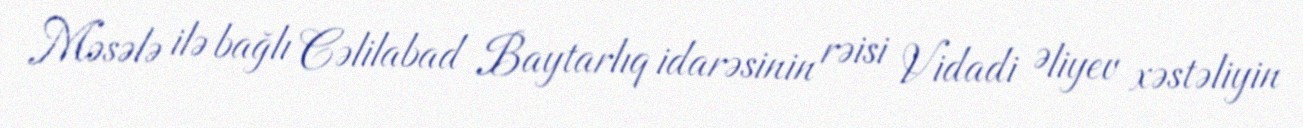
Məsələ ilə bağlı Cəlilabad Baytarlıq idarəsinin rəisi Vidadi Əliyev xəstəliyin